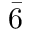
\bar { 6 }